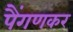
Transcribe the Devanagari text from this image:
पैंगणकर